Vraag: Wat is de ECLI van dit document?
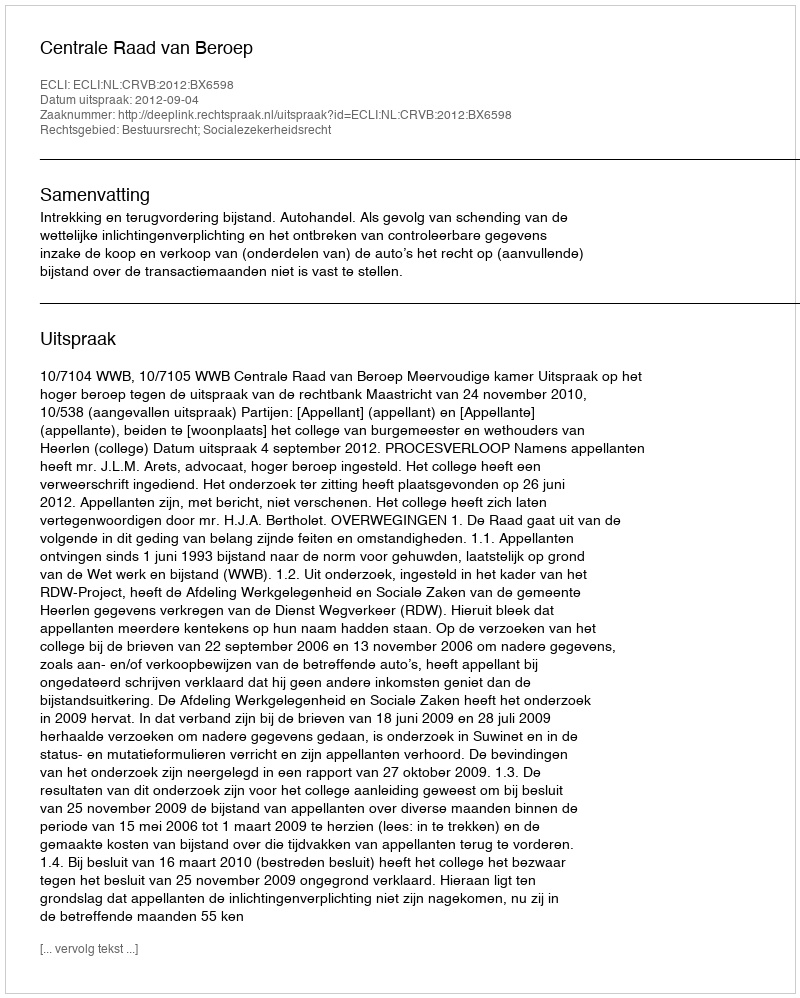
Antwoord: ECLI:NL:CRVB:2012:BX6598